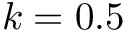
k = 0 . 5